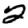
Digit: 2